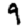
Digit: 9